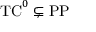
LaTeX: { \mathrm { T C } } ^ { 0 } \subsetneq { \mathrm { P P } }